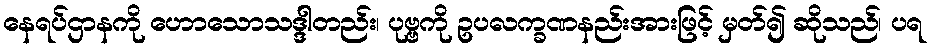
နေရပ်ဌာနကို ဟောသောသဒ္ဒါတည်း၊ ပုဗ္ဗကို ဥပလက္ခဏနည်းအားဖြင့် မှတ်၍ ဆိုသည်၊ ပရ